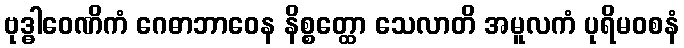
ဗုဒ္ဓါဝေဏိကံ ဂေဓာဘာဝေန နိစ္စတ္ထော သေလာတိ အမူလကံ ပုရိမဝစနံ